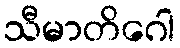
သီမာတိဂေါ